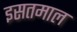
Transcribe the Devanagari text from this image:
इसतमाल